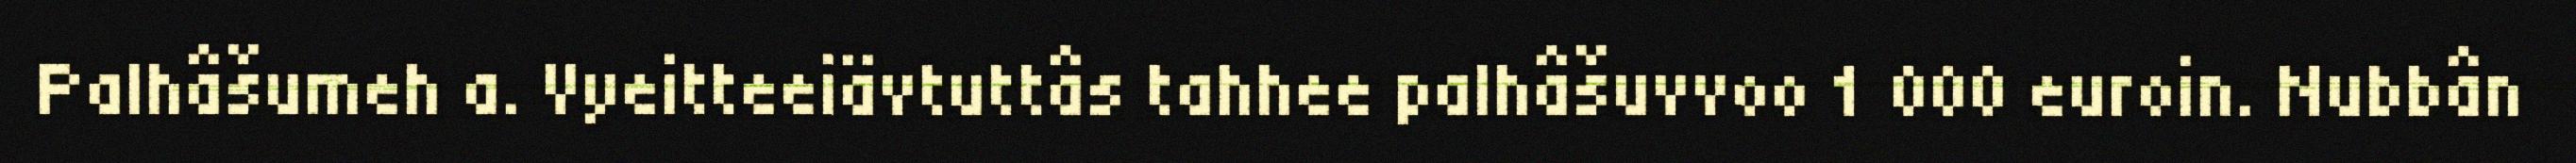
Palhâšumeh a. Vyeitteeiävtuttâs tahhee palhâšuvvoo 1 000 euroin. Nubbân